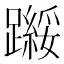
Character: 𬧗